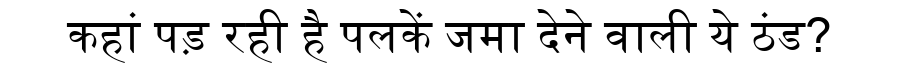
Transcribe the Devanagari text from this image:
कहां पड़ रही है पलकें जमा देने वाली ये ठंड?